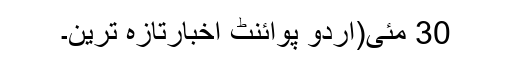
30 مئی(اُردو پوائنٹ اخبارتازہ ترین۔